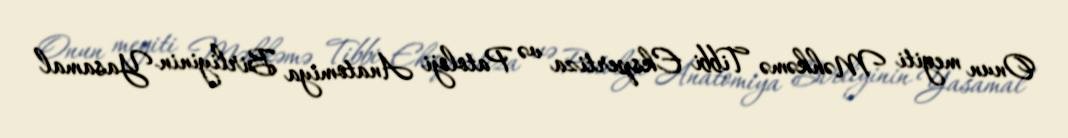
Onun meyiti Məhkəmə Tibbi Ekspertiza və Patoloji Anatomiya Birliyinin Yasamal